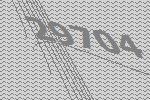
29704